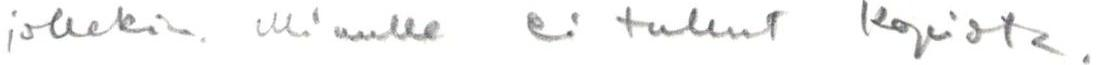
jollekin. Minulle ei tullut kopiota.